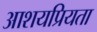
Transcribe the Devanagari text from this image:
आशयप्रियता